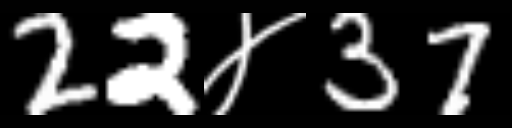
Text: 22४37